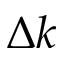
\Delta k